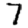
Digit: 7